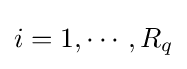
i=1,\cdots ,R_{q}